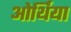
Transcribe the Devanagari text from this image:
ओर्थिया